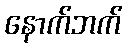
နောက်ဘက်